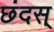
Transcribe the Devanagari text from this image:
छंदस्